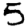
Digit: 5